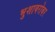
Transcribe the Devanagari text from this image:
भुशाबरोबर